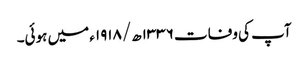
آپ کی وفات ۱۳۳۶ھ/۱۹۱۸ء میں ہوئی۔